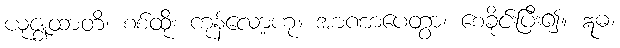
ယုဇ္ဈထာတိ၊ စစ်ထိုး ကုန်လော့ဟု။ အာဏာပေတွာ၊ စေခိုင်းပြီး၍။ ဣဓ၊